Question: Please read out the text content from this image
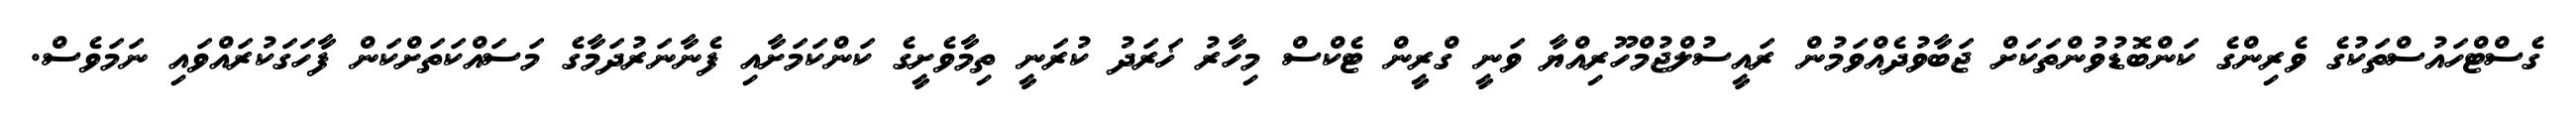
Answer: ގެސްޓްހައުސްތަކުގެ ވެރިންގެ ކަންބޮޑުވުންތަކަށް ޖަބާވުދެއްވަމުން ރައީސުލްޖުމްހޫރިއްޔާ ވަނީ ގްރީން ޓެކްސް މިހާރު ޚަރަދު ކުރަނީ ތިމާވެށީގެ ކަންކަމަށާއި ފެނާނަރުދަމާގެ މަސައްކަތަށްކަން ފާހަގަކުރައްވައި ނަމަވެސް.